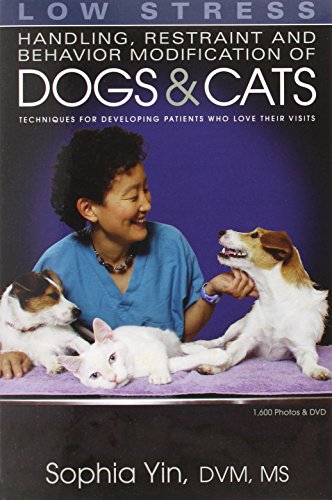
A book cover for Low Stress Handling, Restraint and Behavior Modification of Dogs and Cats: Techniques for Developing Patients Who Love Their Visits; Sophia Yin; Crafts, Hobbies & Home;